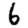
Digit: 6